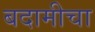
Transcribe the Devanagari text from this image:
बदामीचा